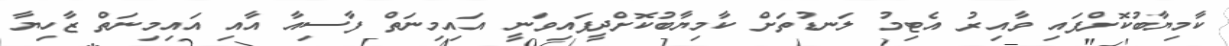
ކާމިޔާބުކޮށްފައި ވާއިރު އެޓިމު ލަނޑުތަށް ކާމިޔާބުކޮށްދީފައިވަނީ އައިމިނަތް ފާސިއާ އާއި އައިމިނަތް ޒާހިޔާ